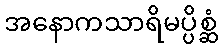
အနောကသာရိမပ္ပိစ္ဆံ